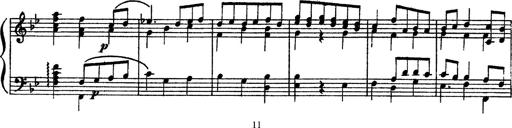
Title: Sarabande und Chaconne aus dem Singspiel
Composer: Franz Liszt